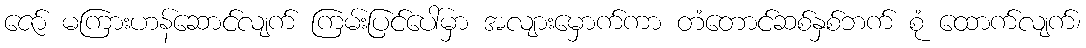
ဇော် မကြားဟန်ဆောင်လျက် ကြမ်းပြင်ပေါ်မှာ အလျားမှောက်ကာ တံတောင်ဆစ်နှစ်ဘက် စုံ ထောက်လျက်၊